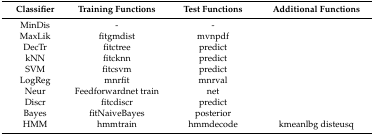
<table><thead><tr><td><b>Classifier</b></td><td><b>Training Functions</b></td><td><b>Test Functions</b></td><td><b>Additional Functions</b></td></tr></thead><tbody><tr><td>MinDis</td><td>-</td><td>-</td><td></td></tr><tr><td>MaxLik</td><td>fitgmdist</td><td>mvnpdf</td><td></td></tr><tr><td>DecTr</td><td>fitctree</td><td>predict</td><td></td></tr><tr><td>kNN</td><td>fitcknn</td><td>predict</td><td></td></tr><tr><td>SVM</td><td>fitcsvm</td><td>predict</td><td></td></tr><tr><td>LogReg</td><td>mnrfit</td><td>mnrval</td><td></td></tr><tr><td>Neur</td><td>Feedforwardnet train</td><td>net</td><td></td></tr><tr><td>Discr</td><td>fitcdiscr</td><td>predict</td><td></td></tr><tr><td>Bayes</td><td>fitNaiveBayes</td><td>posterior</td><td></td></tr><tr><td>HMM</td><td>hmmtrain</td><td>hmmdecode</td><td>kmeanlbg disteusq</td></tr></tbody></table>